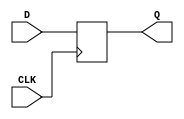
module D_FF (
    input wire D, // Data input
    input wire CLK, // Clock input
    output reg Q // Output
);

always @ (posedge CLK)
begin
    Q <= D;
end

endmodule